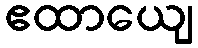
ဧထာယျေ